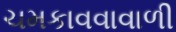
ચમકાવવાવાળી